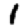
Digit: 1